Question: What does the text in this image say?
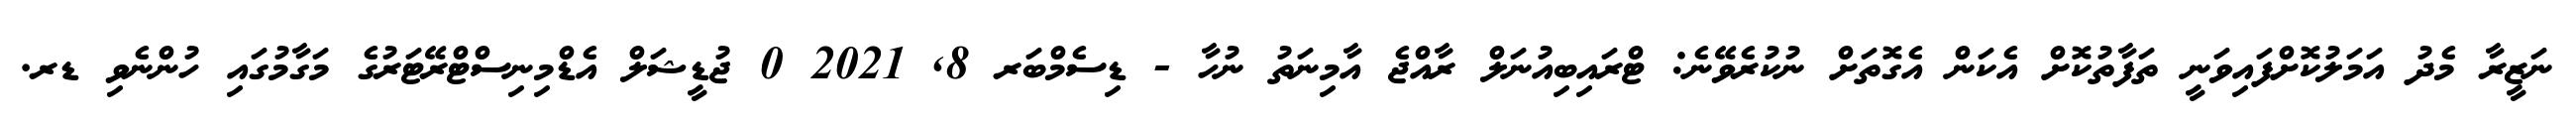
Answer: ނަޒީރާ މެދު އަމަލުކޮށްފައިވަނީ ތަފާތުކޮށް އެކަން އެގޮތަށް ނުކުރެވޭނެ: ޓްރައިބިއުނަލް ރާއްޖެ އާމިނަތު ނުހާ - ޑިސެމްބަރ 8, 2021 0 ޖުޑީޝަލް އެޑްމިނިސްޓްރޭޓަރުގެ މަގާމުގައި ހުންނެވި ޑރ.